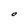
Character: O